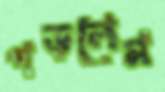
পড়লেম